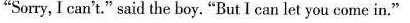
"Sorry, I can't." said the boy. "But I can let you come in."